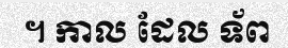
។ កាល ដែល ទ័ព